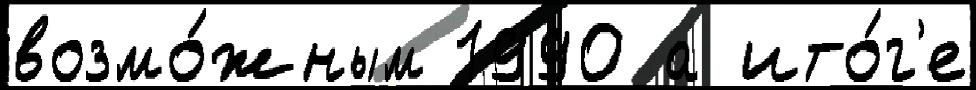
возмо́жным 1990 а ито́г'е